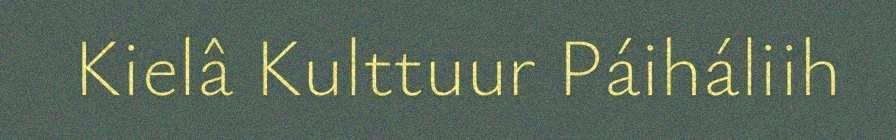
Kielâ Kulttuur Páiháliih